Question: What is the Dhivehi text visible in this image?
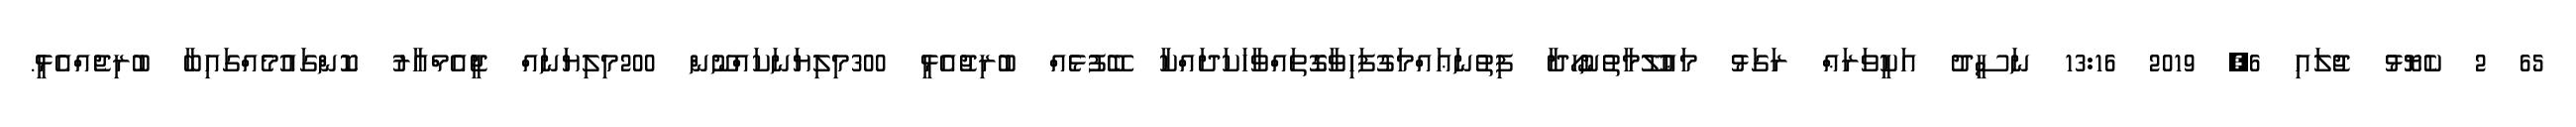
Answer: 65 2 ކެޔޮޅު ޖުލައި 6, 2019 13:16 ނަސީދު އަކީވަރަޢް ރަގަޅު މަޢުލޫމާތުނުހޯދާ ފިތުނަޢައްމަގުފަހިވާގޮތައްވާހަކަދައްކާ ބޭފުޅެއް ބުރިޖުއެޅީ 300މިލިޔަނަކައްނޫން 200މިލިޔަނައް ޖީއެމްއާރު ކޮންގައުމެއްގައިބާ ބުރިޖެއްއެޅީ.